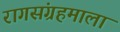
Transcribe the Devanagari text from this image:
रागसंग्रहमाला